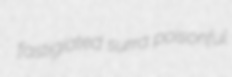
fastigiated surra poisonful